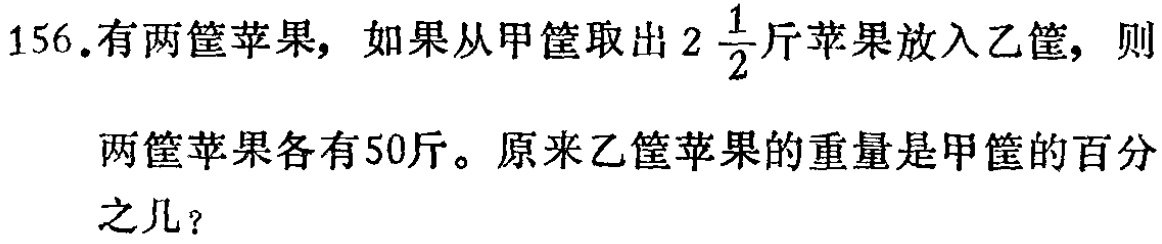
156.有两筐苹果，如果从甲筐取出\(2\frac{1}{2}\)斤苹果放入乙筐，则

两筐苹果各有50斤。原来乙筐苹果的重量是甲筐的百分之几？